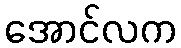
အောင်လက